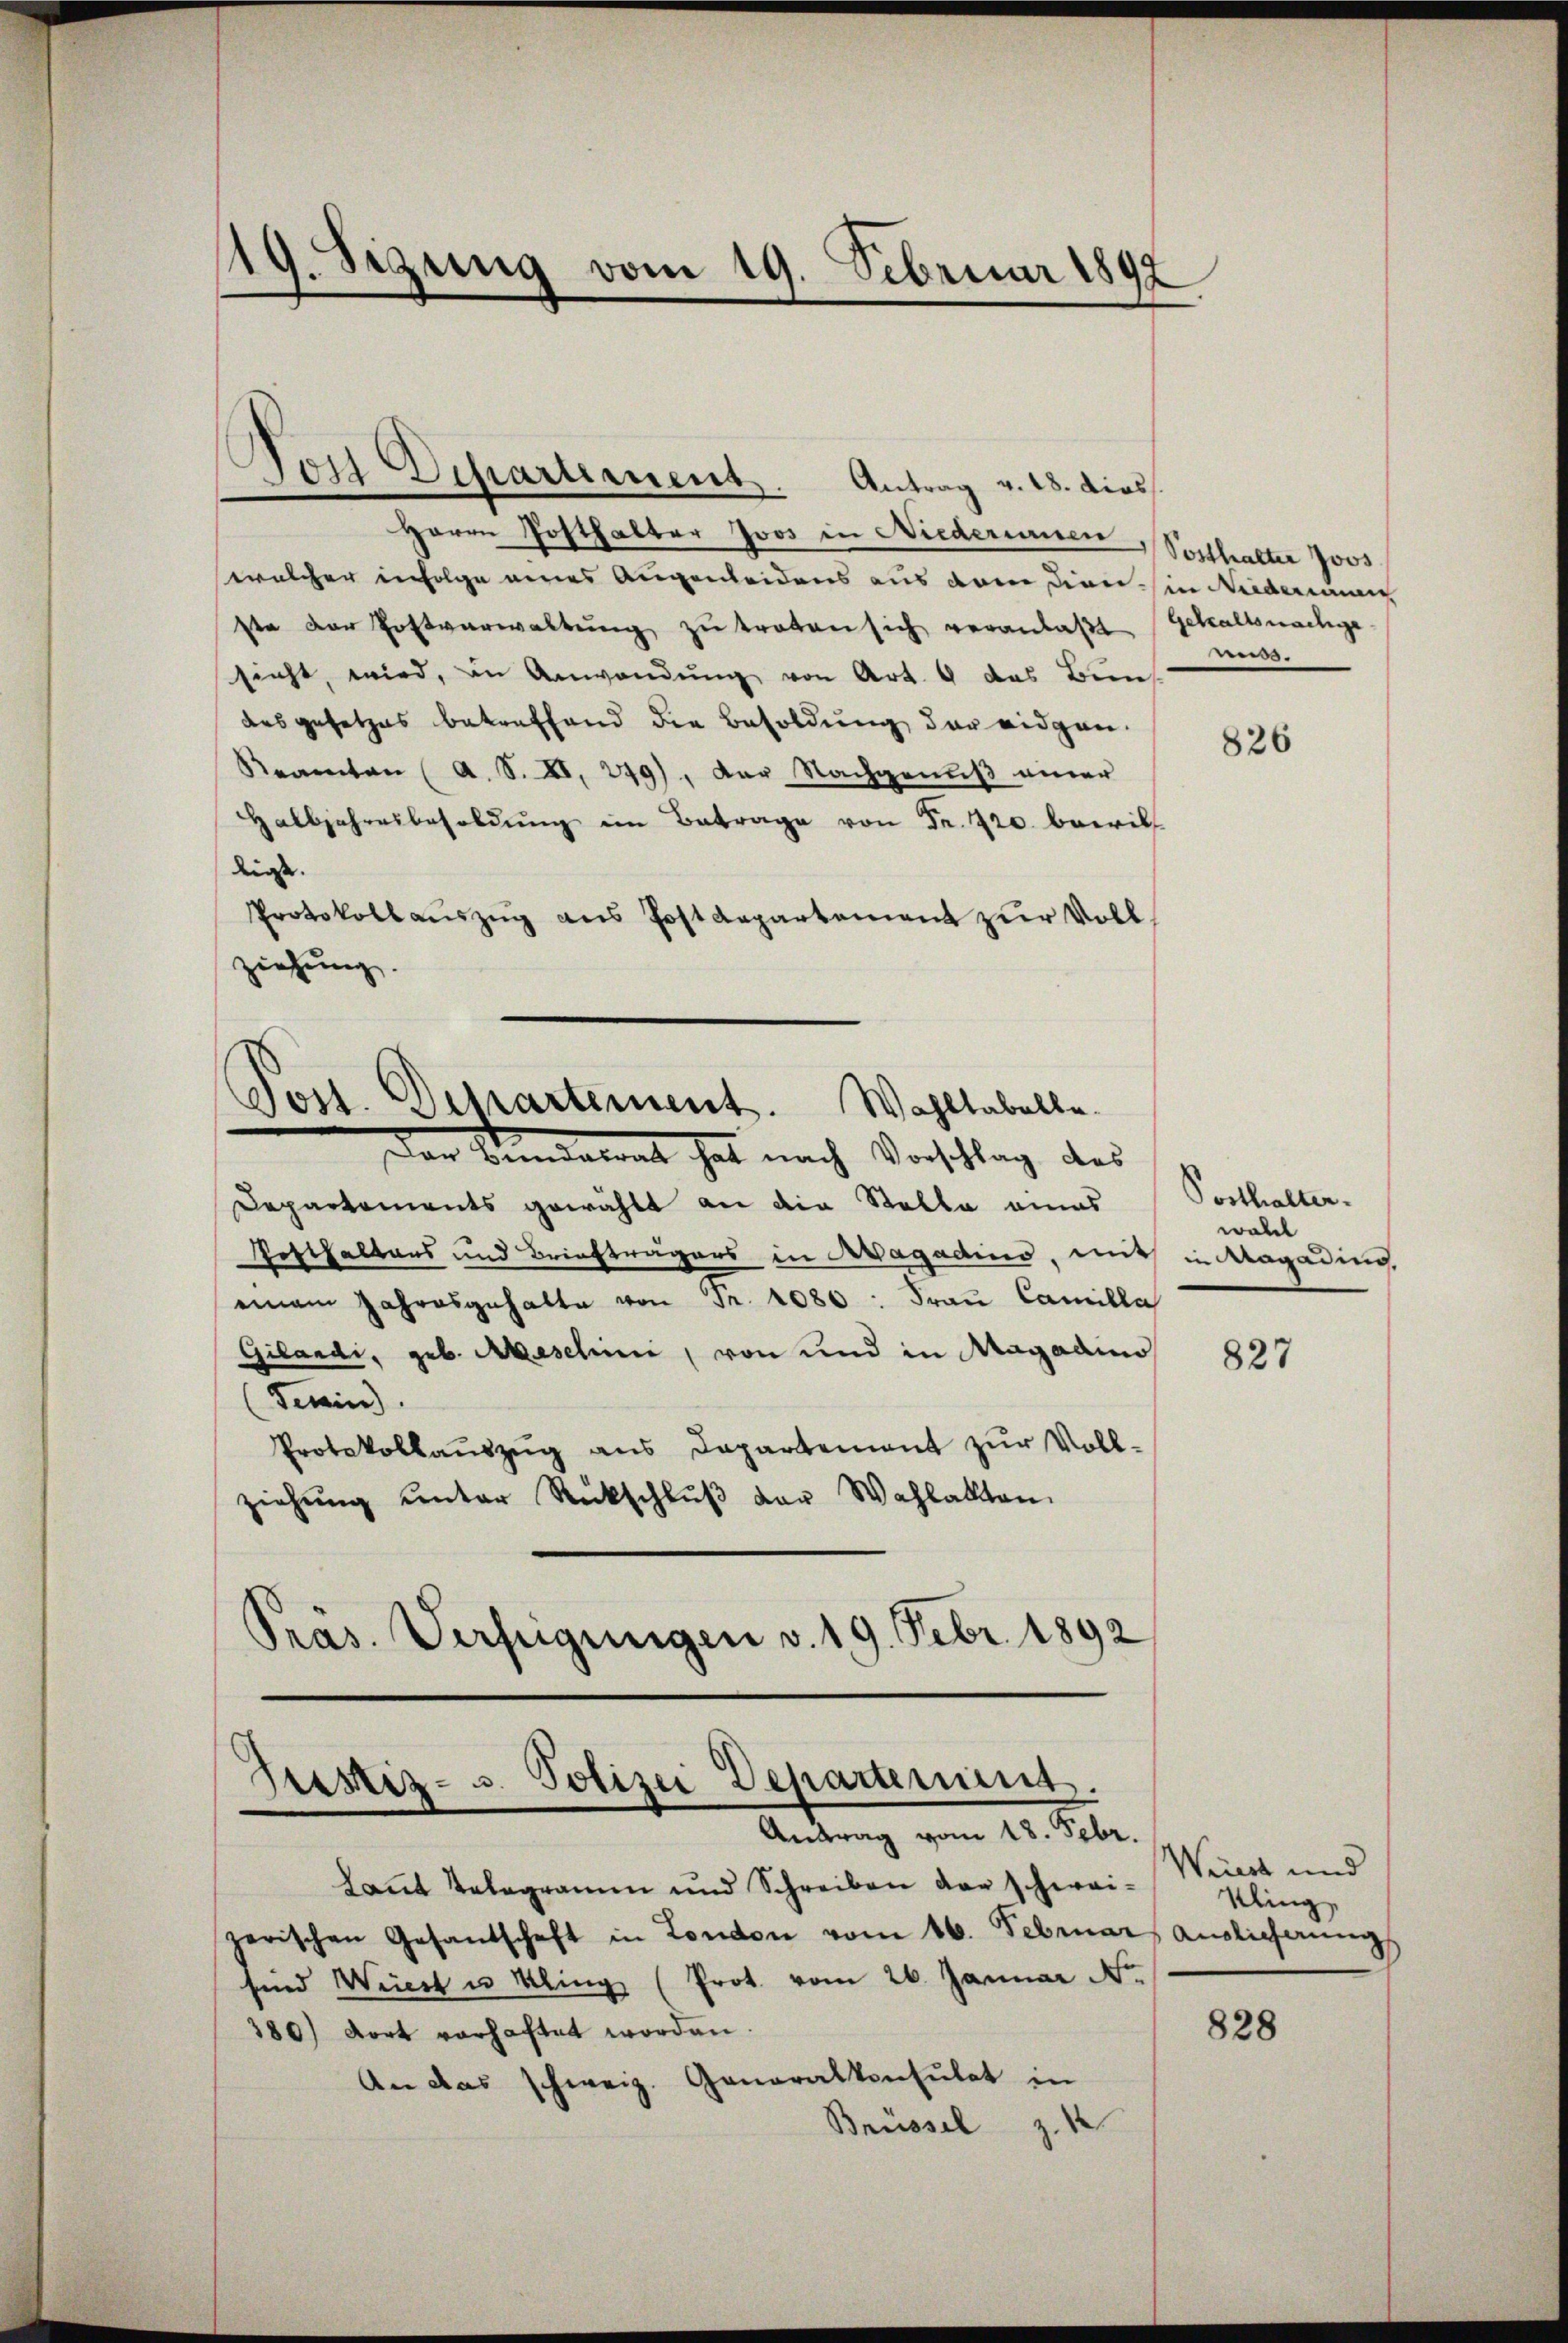
19. Sezung vom 19. Februar 1892

sors Departement. Antrag v. 18. dies
Herrn Posthalter Joos in Niederumen, Posthalter Jos
welcher infolge eines Augenleidens aus dem dien in Niederinnen
ste der Postverwaltŭng zŭ treten sich veranlaβt. Gehaltsnachge-
sicht, wird, in Anwendŭng von Art. 9 das Bun
des gesetzes betreffend die Besoldung der eidgen.
Rerenten (A. S. XI. 249), der Nachgenuß einer
Halbjahresbesoldŭng im Betrage von Fr. 420. bewill
ligt.
Protokollaŭszŭg ans Postdepartement zŭr Vollziehung.

.

Jost. Departement. Wahltabelle.

Den Bedalrat hat nach Vorschlag des
Departements gewählt an die Stalla eines
Rofthaltens und Briefträgers in Magadins, mit in Magading,
eian Jahresgehalte von Fr. 1080 : Fraŭ Camilla
Gilandi, geb. Aeschini, von und in Magaaino
Fenin
Protokollaŭszŭg ans Departement zŭr Voll-
ziehŭng ŭnter Rückschlŭβ der Wahlakten.
Präs. Verfügungen v. 19. Febr. 1892

Justiz- u. Polizei Departement.
Antrag vom 18. Febr.

Laut Telegramm und Schreiben der schweizerischen Gesandschaft in London vom 16. Februar, Auslicherung
sind Weiert u Kling (Prot. vom 26. Januar No.
380) dort vorhaftet worden.
An das schweiz. Generalkonsulat in
Brüssel z. 1

muss.

826

Posthalter.
woll

827

Wiiert und
Kling,

828